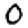
Digit: 0